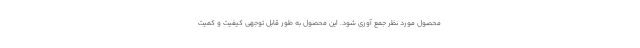
محصول مورد نظر جمع آوری شود. این محصول به طور قابل توجهی کیفیت و کمیت